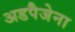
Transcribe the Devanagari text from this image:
अडपैजेना